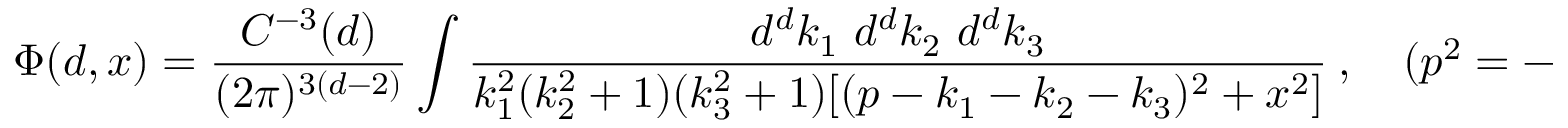
\Phi ( d , x ) = \frac { C ^ { - 3 } ( d ) } { ( 2 \pi ) ^ { 3 ( d - 2 ) } } \int \frac { d ^ { d } k _ { 1 } \ d ^ { d } k _ { 2 } \ d ^ { d } k _ { 3 } } { k _ { 1 } ^ { 2 } ( k _ { 2 } ^ { 2 } + 1 ) ( k _ { 3 } ^ { 2 } + 1 ) [ ( p - k _ { 1 } - k _ { 2 } - k _ { 3 } ) ^ { 2 } + x ^ { 2 } ] } \ , \quad ( p ^ { 2 } = - x ^ { 2 } ) \ .